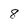
Character: 8